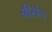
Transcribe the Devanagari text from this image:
बीरौल